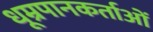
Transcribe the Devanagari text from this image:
धूम्रपानकर्ताओं